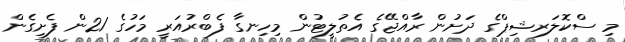
މި ސްކޮލަރޝިޕްގެ ދަށުން ރާއްޖޭގެ އެތުލީޓުން މިހިނގާ ފެބްރުއަރީ މަހުގެ 21ން ފެށިގެން